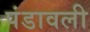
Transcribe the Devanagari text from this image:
पंडावली